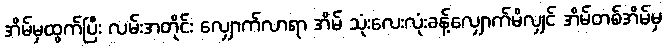
အိမ်မှထွက်ပြီး လမ်းအတိုင်း လျှောက်လာရာ အိမ် သုံးလေးလုံးခန့်လျှောက်မိလျှင် အိမ်တစ်အိမ်မှ